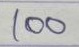
100